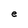
Character: e